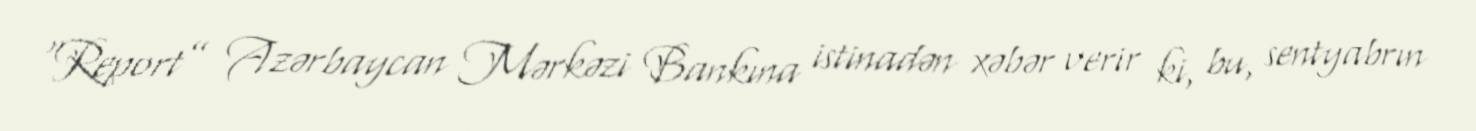
“Report” Azərbaycan Mərkəzi Bankına istinadən xəbər verir ki, bu, sentyabrın